Vaccination in the Punjab 1905-1918 - 1905-1918
Year: 1905
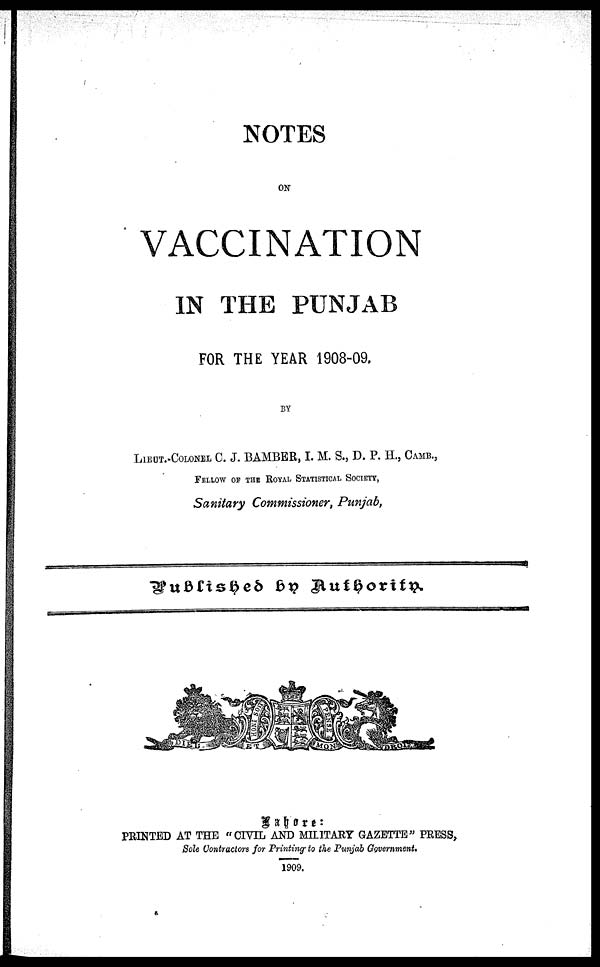
NOTES
ON
VACCINATION
IN THE PUNJAB
FOR THE YEAR 1908-09.
BY
LIEUT.-COLONEL C. J. BAMBER, I. M. S., D. P. H., CAMB.,
FELLOW OF THE ROYAL STATISTICAL SOCIETY,
Sanitary Commissioner, Punjab,
Published by Authority
Lahore:
PRINTED AT THE "CIVIL AND MILITARY GAZETTE" PRESS
Sole Contractors for Printing to the Punjab Government.
1909.